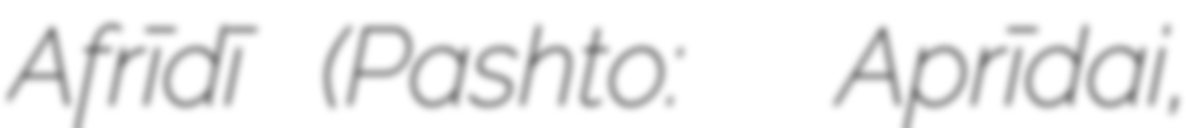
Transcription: Afrīdī (Pashto: اپريدی Aprīdai,